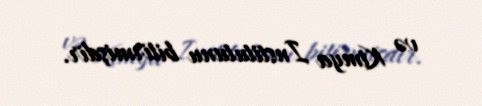
və Kimya Institutunu bitirmişdir.